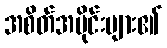
အစိတ်အပိုင်းများ၏